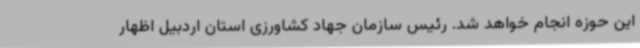
این حوزه انجام خواهد شد. رئیس سازمان جهاد کشاورزی استان اردبیل اظهار